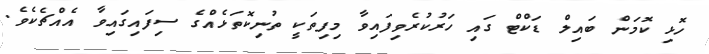
ހޮޅި ކޮމަން ބައިލް ޑަކްޓް ގައި ހަރުކުރެވިފައިވާ މިފިތަކީ ތުނިކޮތަޅެއްގެ ސިފައިގައިވާ އެއްޗެކެވެ.